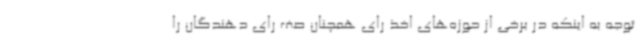
توجه به اینکه در برخی از حوزه‌های اخذ رای همچنان صف رای دهندگان را